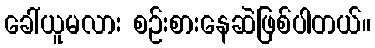
ခေါ်ယူမလား စဉ်းစားနေဆဲဖြစ်ပါတယ်။